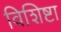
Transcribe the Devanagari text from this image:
विशिष्टा